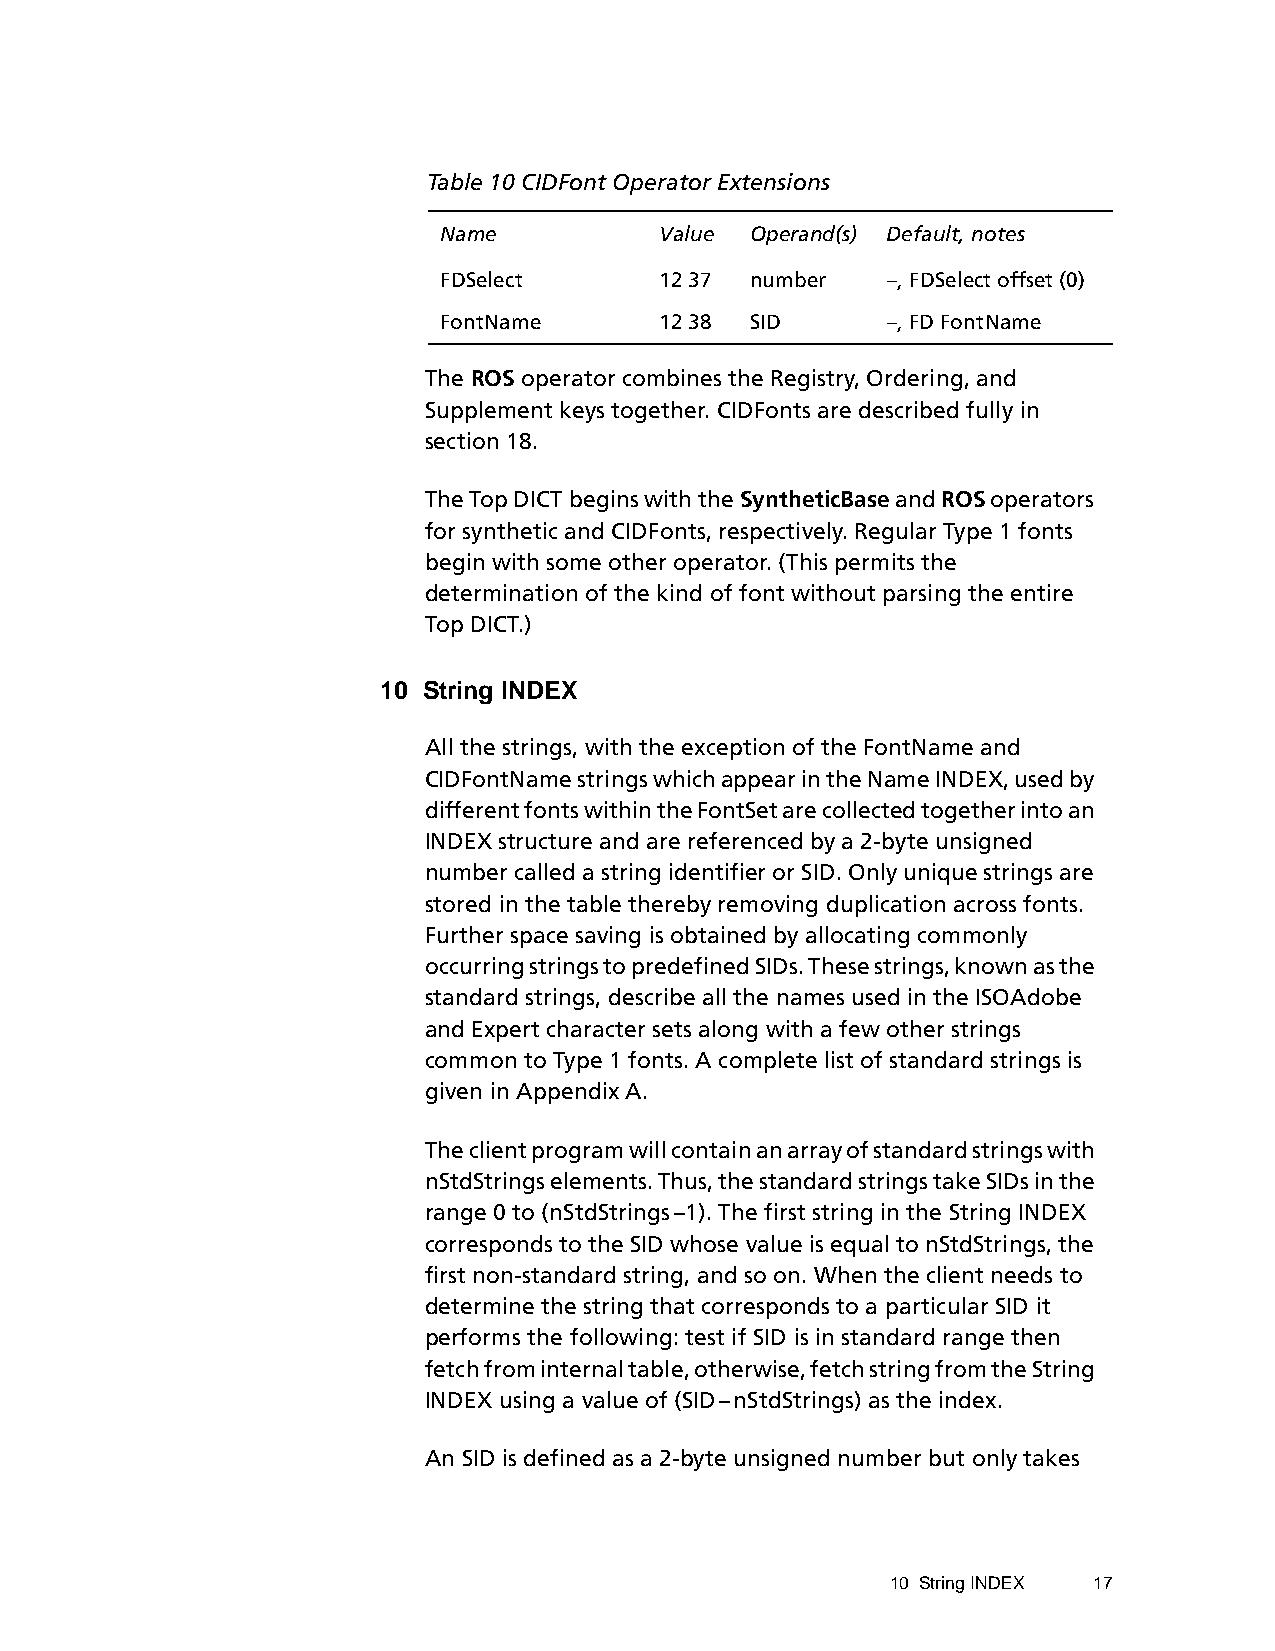
Table 10 CIDFont Operator Extensions
 Name           Value Operand(s) Default, notes
 FDSelect       12 37 number   –, FDSelect offset (0)
 FontName       12 38 SID      –, FD FontName
 The ROS operator combines the Registry, Ordering, and
 Supplement keys together. CIDFonts are described fully in
 section 18.
 The Top DICT begins with the SyntheticBase and ROS operators
 for synthetic and CIDFonts, respectively. Regular Type 1 fonts
 begin with some other operator. (This permits the
 determination of the kind of font without parsing the entire
 Top DICT.)
 10 String INDEX
 All the strings, with the exception of the FontName and
 CIDFontName strings which appear in the Name INDEX, used by
 different fonts within the FontSet are collected together into an
 INDEX structure and are referenced by a 2-byte unsigned
 number called a string identifier or SID. Only unique strings are
 stored in the table thereby removing duplication across fonts.
 Further space saving is obtained by allocating commonly
 occurring strings to predefined SIDs. These strings, known as the
 standard strings, describe all the names used in the ISOAdobe
 and Expert character sets along with a few other strings
 common to Type 1 fonts. A complete list of standard strings is
 given in Appendix A.
 The client program will contain an array of standard strings with
 nStdStrings elements. Thus, the standard strings take SIDs in the
 range 0 to (nStdStrings–1). The first string in the String INDEX
 corresponds to the SID whose value is equal to nStdStrings, the
 first non-standard string, and so on. When the client needs to
 determine the string that corresponds to a particular SID it
 performs the following: test if SID is in standard range then
 fetch from internal table, otherwise, fetch string from the String
 INDEX using a value of (SID–nStdStrings) as the index.
 An SID is defined as a 2-byte unsigned number but only takes
 10 String INDEX 17